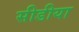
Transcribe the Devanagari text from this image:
सीडीया